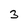
Character: 3